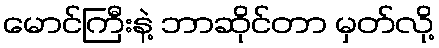
မောင်ကြီးနဲ့ ဘာဆိုင်တာ မှတ်လို့